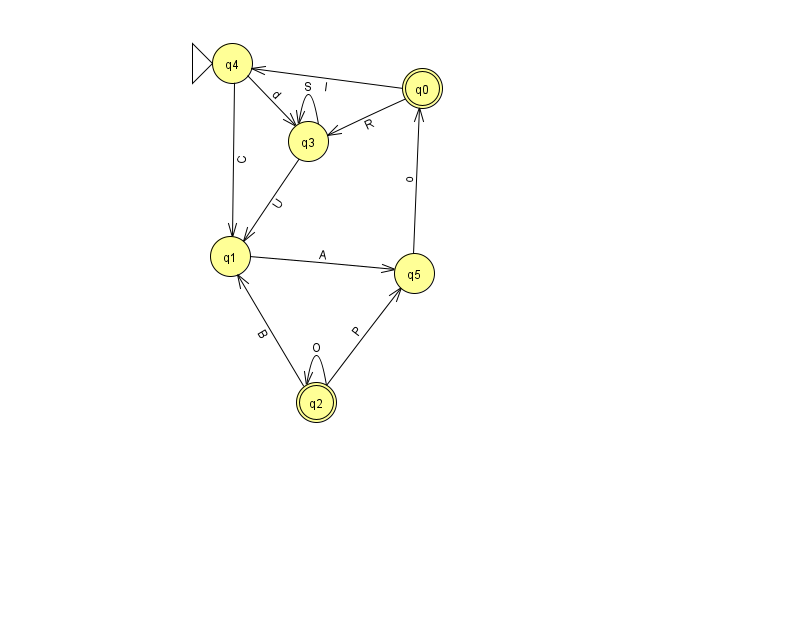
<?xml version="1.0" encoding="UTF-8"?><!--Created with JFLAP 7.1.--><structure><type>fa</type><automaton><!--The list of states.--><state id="0" name="q0"><x>422.0</x><y>75.0</y><final/></state><state id="1" name="q1"><x>230.0</x><y>243.0</y></state><state id="2" name="q2"><x>316.0</x><y>389.0</y><final/></state><state id="3" name="q3"><x>308.0</x><y>128.0</y></state><state id="4" name="q4"><x>232.0</x><y>50.0</y><initial/></state><state id="5" name="q5"><x>414.0</x><y>260.0</y></state><!--The list of transitions.--><transition><from>2</from><to>1</to><read>B</read></transition><transition><from>4</from><to>1</to><read>C</read></transition><transition><from>3</from><to>3</to><read>S</read></transition><transition><from>2</from><to>5</to><read>P</read></transition><transition><from>0</from><to>4</to><read>I</read></transition><transition><from>5</from><to>0</to><read>o</read></transition><transition><from>1</from><to>5</to><read>A</read></transition><transition><from>3</from><to>1</to><read>U</read></transition><transition><from>4</from><to>3</to><read>d</read></transition><transition><from>0</from><to>3</to><read>R</read></transition><transition><from>2</from><to>2</to><read>O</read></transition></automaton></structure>